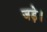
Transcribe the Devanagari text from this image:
जड़े।